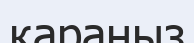
қараңыз